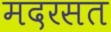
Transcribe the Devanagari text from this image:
मदरसत